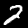
Digit: 2